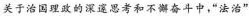
关于治国理政的深邃思考和不懈奋斗中，”法治”